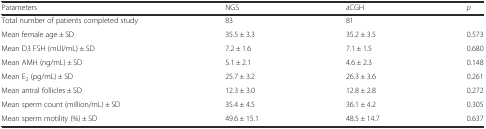
<table><thead><tr><td><b>Parameters</b></td><td><b>NGS</b></td><td><b>aCGH</b></td><td><b><i>p</i></b></td></tr></thead><tbody><tr><td>Total number of patients completed study</td><td>83</td><td>81</td><td></td></tr><tr><td>Mean female age ± SD</td><td>35.5 ± 3.3</td><td>35.2 ± 3.5</td><td>0.573</td></tr><tr><td>Mean D3 FSH (mUI/mL) ± SD</td><td>7.2 ± 1.6</td><td>7.1 ± 1.5</td><td>0.680</td></tr><tr><td>Mean AMH (ng/mL) ± SD</td><td>5.1 ± 2.1</td><td>4.6 ± 2.3</td><td>0.148</td></tr><tr><td>Mean E<sub>2</sub> (pg/mL) ± SD</td><td>25.7 ± 3.2</td><td>26.3 ± 3.6</td><td>0.261</td></tr><tr><td>Mean antral follicles ± SD</td><td>12.3 ± 3.0</td><td>12.8 ± 2.8</td><td>0.272</td></tr><tr><td>Mean sperm count (million/mL) ± SD</td><td>35.4 ± 4.5</td><td>36.1 ± 4.2</td><td>0.305</td></tr><tr><td>Mean sperm motility (%) ± SD</td><td>49.6 ± 15.1</td><td>48.5 ± 14.7</td><td>0.637</td></tr></tbody></table>